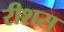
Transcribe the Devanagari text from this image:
रीशस